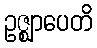
ဥဇ္ဈာပေတိ